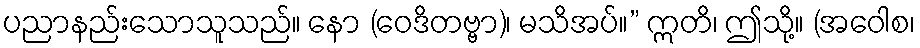
ပညာနည်းသောသူသည်။ နော (ဝေဒိတဗ္ဗာ)၊ မသိအပ်။” ဣတိ၊ ဤသို့။ (အဝေါစ၊